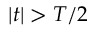
\vert t \vert > T / 2